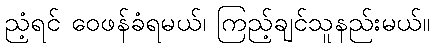
ညံ့ရင် ဝေဖန်ခံရမယ်၊ ကြည့်ချင်သူနည်းမယ်။